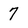
Character: 7